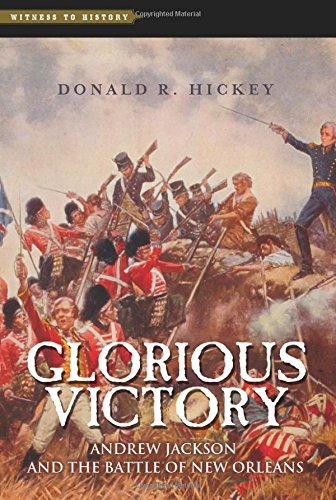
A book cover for Glorious Victory: Andrew Jackson and the Battle of New Orleans (Witness to History); Donald R. Hickey; History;